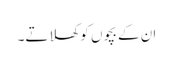
ان کے بچوں کو کھلاتے۔